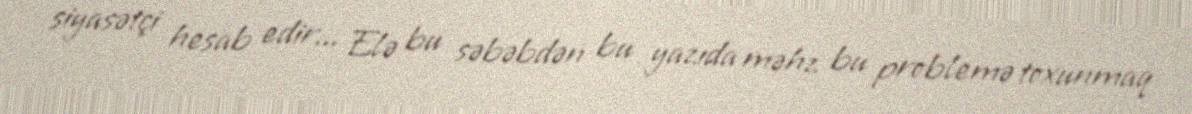
siyasətçi hesab edir... Elə bu səbəbdən bu yazıda məhz bu problemə toxunmaq